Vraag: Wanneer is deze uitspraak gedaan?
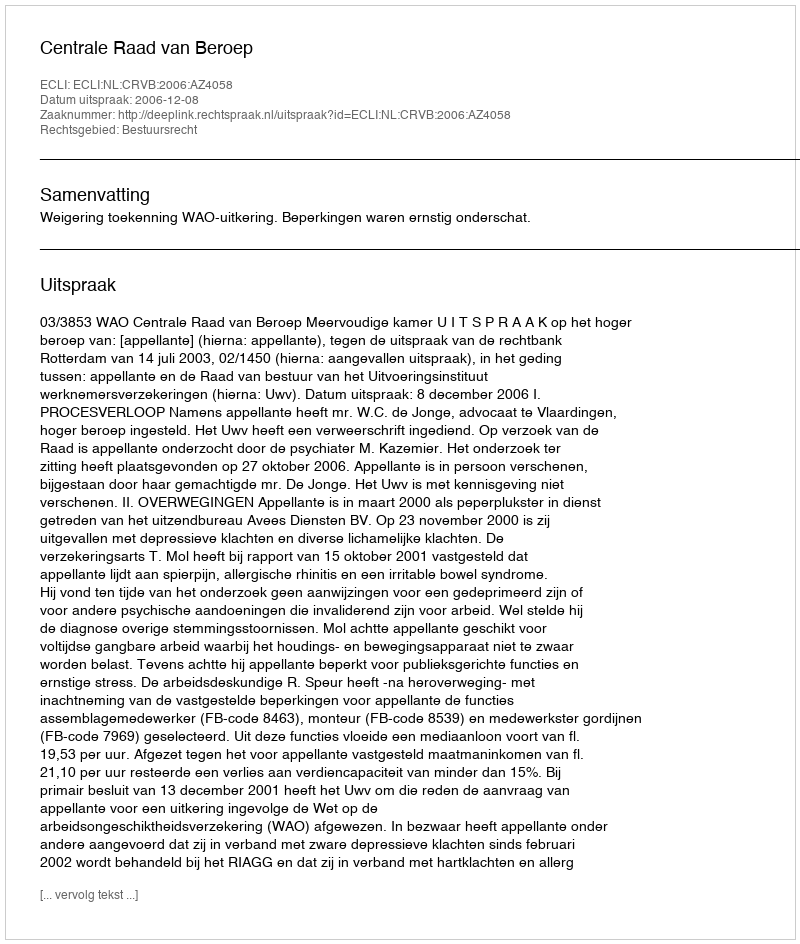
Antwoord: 2006-12-08